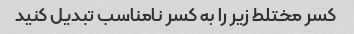
کسر مختلط زیر را به کسر نامناسب تبدیل کنید